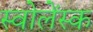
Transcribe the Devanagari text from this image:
स्वोलेंस्क